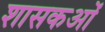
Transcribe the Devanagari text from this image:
शासकओं